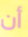
أن